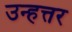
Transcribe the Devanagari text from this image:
उन्हत्तर